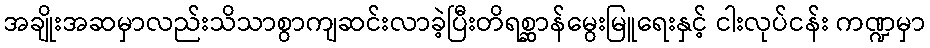
အချိုးအဆမှာလည်းသိသာစွာကျဆင်းလာခဲ့ပြီးတိရစ္ဆာန်မွေးမြူရေးနှင့် ငါးလုပ်ငန်း ကဏ္ဍမှာ